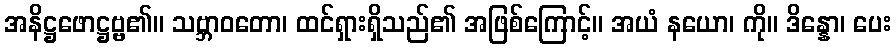
အနိဋ္ဌဖောဋ္ဌဗ္ဗ၏။ သဗ္ဘာဝတော၊ ထင်ရှားရှိသည်၏ အဖြစ်ကြောင့်။ အယံ နယော၊ ကို။ ဒိန္နော၊ ပေး